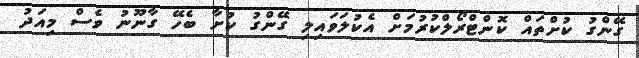
ގޭންގު ކުށްތައް ކޮންޓްރޯލްކުރުމަށް އެކުލަވައިލި ގޭންގު ކުށާ ބެހޭ ގާނޫނު ވެސް މިއަދު